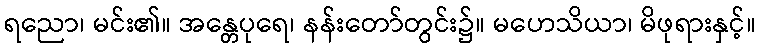
ရညော၊ မင်း၏။ အန္တေပုရေ၊ နန်းတော်တွင်း၌။ မဟေသိယာ၊ မိဖုရားနှင့်။